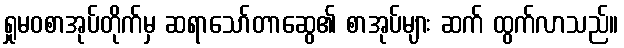
ရှုမဝစာအုပ်တိုက်မှ ဆရာသော်တာဆွေ၏ စာအုပ်များ ဆက် ထွက်လာသည်။